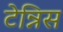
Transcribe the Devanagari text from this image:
टेन्निस